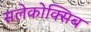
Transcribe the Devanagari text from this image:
सलेकोक्सिब